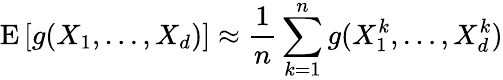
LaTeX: \operatorname{E}\left[g(X_{1},\dots,X_{d})\right]\approx{\frac{1}{n}}\sum_{k=1}^{n}g(X_{1}^{k},\dots,X_{d}^{k})